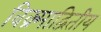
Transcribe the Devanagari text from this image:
विक्र्माद्वितीय